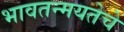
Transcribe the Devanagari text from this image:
भावतन्मयतेचे